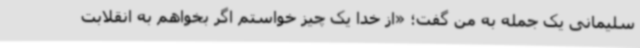
سلیمانی یک جمله به من گفت؛ «از خدا یک چیز خواستم اگر بخواهم به انقلابت